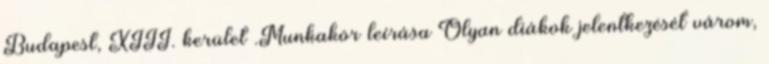
Budapest, XIII. kerület .Munkakör leírása Olyan diákok jelentkezését várom,